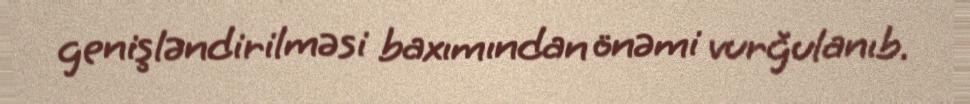
genişləndirilməsi baxımından önəmi vurğulanıb.